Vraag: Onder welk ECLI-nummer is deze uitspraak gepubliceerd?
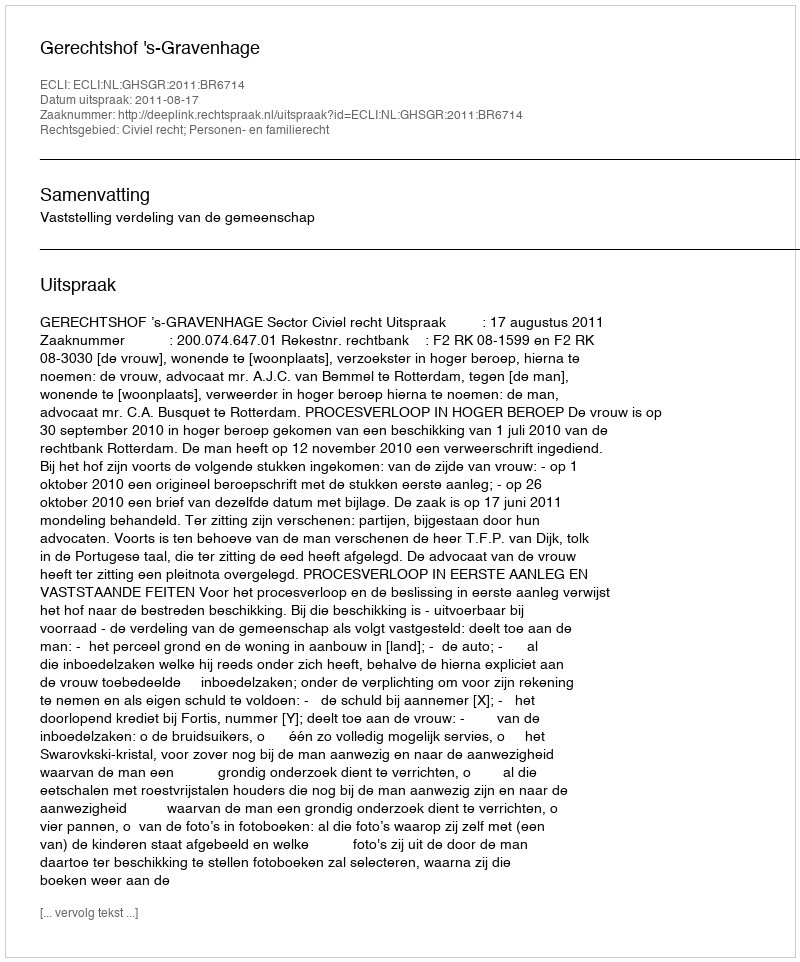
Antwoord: ECLI:NL:GHSGR:2011:BR6714